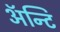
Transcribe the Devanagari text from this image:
अॅन्टि